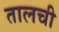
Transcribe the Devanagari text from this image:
तालची